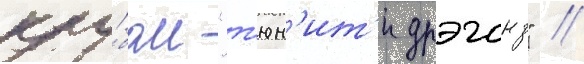
клу́бом "т'юн'ит'и дрэгонз" //